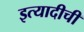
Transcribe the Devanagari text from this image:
इत्यादीची